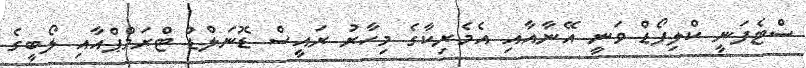
ސްޓެފަނީ ކްލިފޯޑް ވަނީ އޭނާއާއި އެމެރިކާގެ މިހާރު ރައީސް ޑޮނަލްޑް ޓްރަމްޕްއާއި ލޯބީގެ